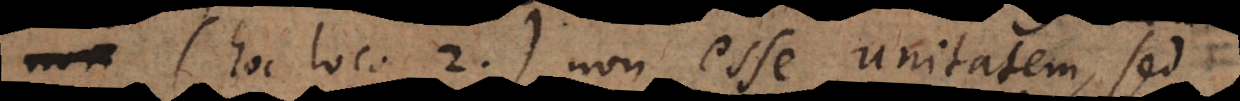
(hoc loco 2) non esse unitatem, sed